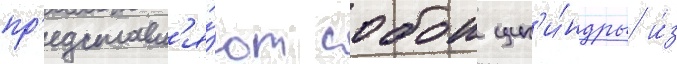
пр'едставл'я́ют собои цил'и́ндры и́з